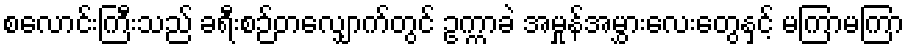
စလောင်းကြီးသည် ခရီးစဉ်တလျှောက်တွင် ဥက္ကာခဲ အမှုန်အမွှားလေးတွေနှင့် မကြာမကြာ